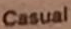
Casual